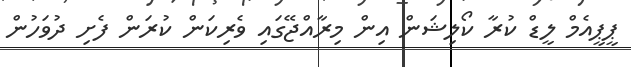
ޕީޕީއެމް ލީޑް ކުރާ ކޯލިޝަން އިން މިރާއްޖޭގައި ވެރިކަން ކުރަން ފެށި ދުވަހުން